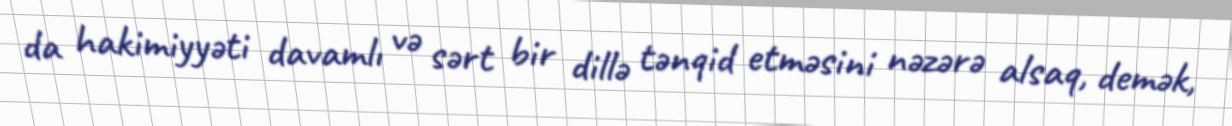
da hakimiyyəti davamlı və sərt bir dillə tənqid etməsini nəzərə alsaq, demək,